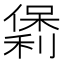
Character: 𫣯